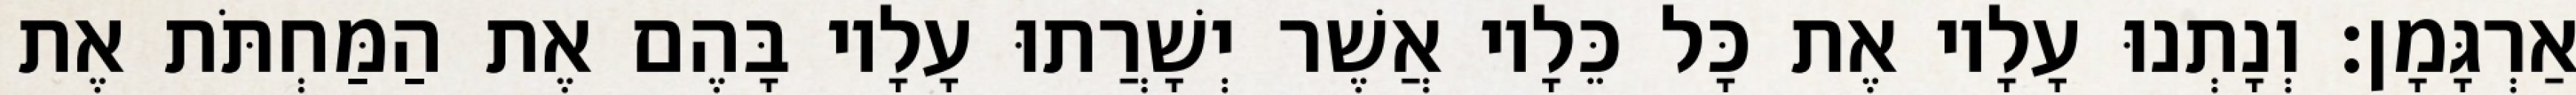
אַרְגָּמָן׃ וְנָתְנוּ עָלָיו אֶת כָּל כֵּלָיו אֲשֶׁר יְשָׁרֲתוּ עָלָיו בָּהֶם אֶת הַמַּחְתֹּת אֶת